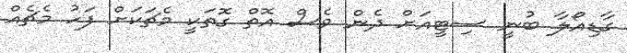
ގާޑިއޯލާ ބުނީ ސިޓީއަށް ދެން ވެސް އޮތް ގޮތަކީ މެޗަކަށް ފަހު މެޗެއް